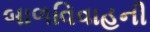
બાળવિવાહની